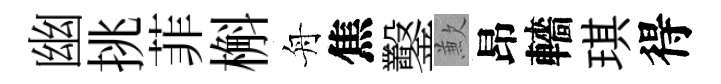
幽挑菲槲舟焦鑿歉昂轖琪得